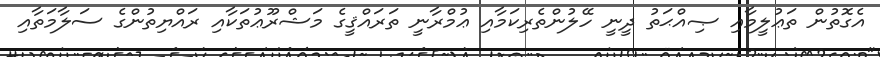
އެގޮތުން ތަޢުލީމާއި ޞިއްޙަތު ދީނީ ހޭލުންތެރިކަމާއި ޢުމްރާނީ ތަރައްޤީގެ މަޝްރޫޢުތަކާއި ރައްޔިތުންގެ ސަލާމަތާއި